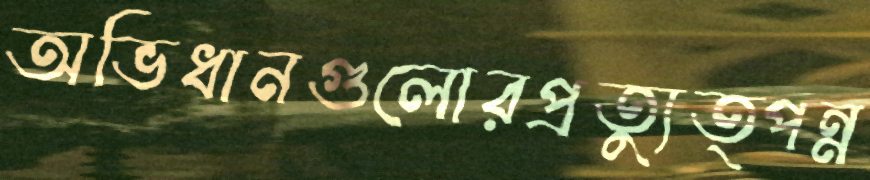
অভিধানগুলোরপ্রত্যুত্পন্ন